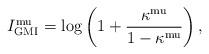
LaTeX: \begin{align*}I_{\mathrm{GMI}}^{\mathrm{mu}}=\log\left(1+\frac{\kappa^{\mathrm{mu}}}{1-\kappa^{\mathrm{mu}}}\right),\end{align*}